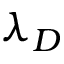
\lambda _ { D }